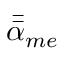
\Bar { \Bar { \alpha } } _ { m e }